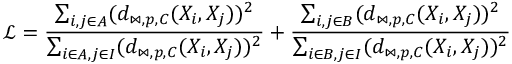
\mathcal { L } = \frac { \sum _ { i , j \in A } ( d _ { \bowtie , p , C } ( X _ { i } , X _ { j } ) ) ^ { 2 } } { \sum _ { i \in A , j \in I } ( d _ { \bowtie , p , C } ( X _ { i } , X _ { j } ) ) ^ { 2 } } + \frac { \sum _ { i , j \in B } ( d _ { \bowtie , p , C } ( X _ { i } , X _ { j } ) ) ^ { 2 } } { \sum _ { i \in B , j \in I } ( d _ { \bowtie , p , C } ( X _ { i } , X _ { j } ) ) ^ { 2 } }